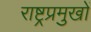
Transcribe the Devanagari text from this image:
राष्ट्रप्रमुखों